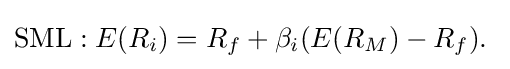
\mathrm {SML} :E(R_{i})=R_{f}+\beta _{i}(E(R_{M})-R_{f}).~